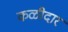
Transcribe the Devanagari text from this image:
कळीदार